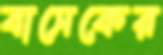
বাসেকের